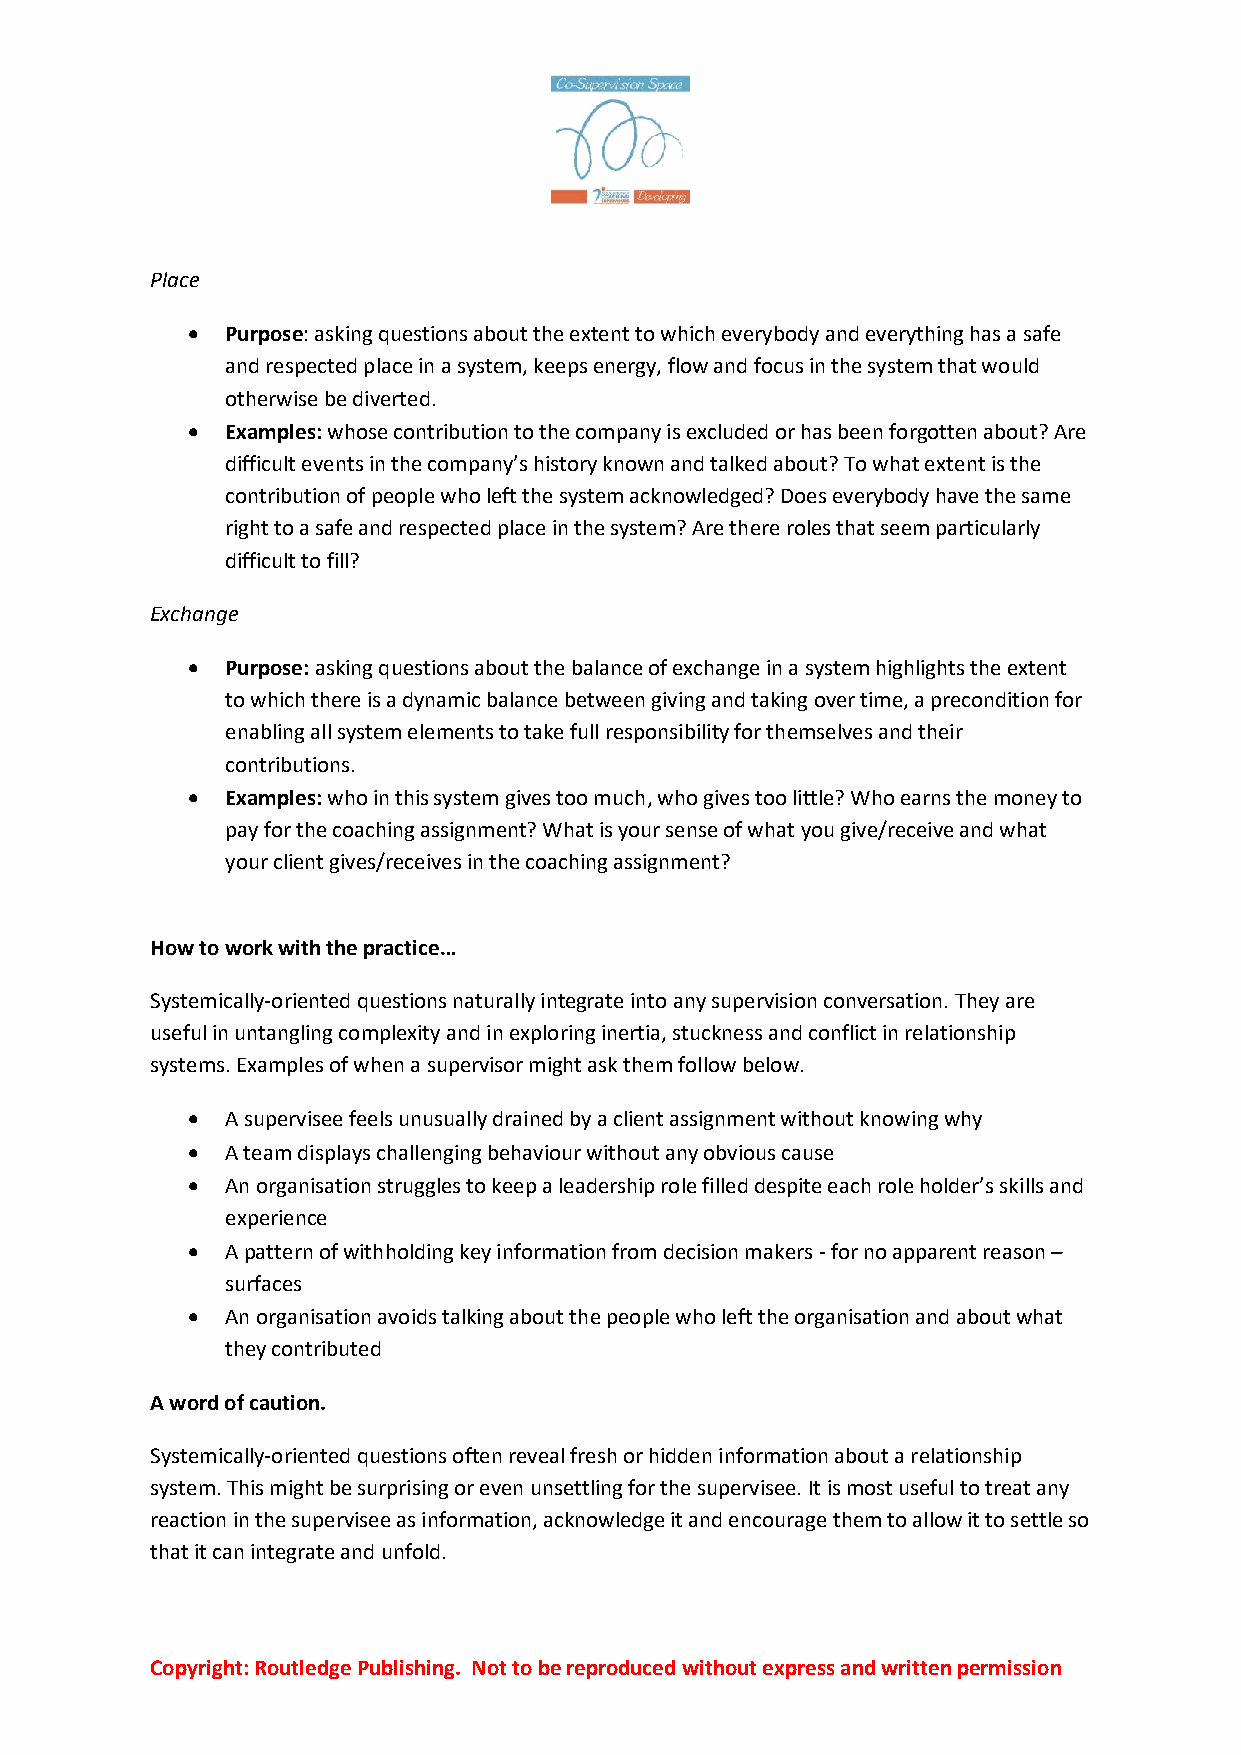
Place
 •  Purpose: asking questions about the extent to which everybody and everything has a safe
 and respected place in a system, keeps energy, flow and focus in the system that would
 otherwise be diverted.
 •  Examples: whose contribution to the company is excluded or has been forgotten about? Are
 difficult events in the company’s history known and talked about? To what extent is the
 contribution of people who left the system acknowledged? Does everybody have the same
 right to a safe and respected place in the system? Are there roles that seem particularly
 difficult to fill?
 Exchange
 •  Purpose: asking questions about the balance of exchange in a system highlights the extent
 to which there is a dynamic balance between giving and taking over time, a precondition for
 enabling all system elements to take full responsibility for themselves and their
 contributions.
 •  Examples: who in this system gives too much, who gives too little? Who earns the money to
 pay for the coaching assignment? What is your sense of what you give/receive and what
 your client gives/receives in the coaching assignment?
 How to work with the practice…
 Systemically-oriented questions naturally integrate into any supervision conversation. They are
 useful in untangling complexity and in exploring inertia, stuckness and conflict in relationship
 systems. Examples of when a supervisor might ask them follow below.
 •  A supervisee feels unusually drained by a client assignment without knowing why
 •  A team displays challenging behaviour without any obvious cause
 •  An organisation struggles to keep a leadership role filled despite each role holder’s skills and
 experience
 •  A pattern of withholding key information from decision makers - for no apparent reason –
 surfaces
 •  An organisation avoids talking about the people who left the organisation and about what
 they contributed
 A word of caution.
 Systemically-oriented questions often reveal fresh or hidden information about a relationship
 system. This might be surprising or even unsettling for the supervisee. It is most useful to treat any
 reaction in the supervisee as information, acknowledge it and encourage them to allow it to settle so
 that it can integrate and unfold.
 Copyright: Routledge Publishing. Not to be reproduced without express and written permission